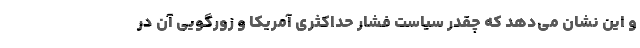
و این نشان می‌دهد که چقدر سیاست فشار حداکثری آمریکا و زورگویی آن در